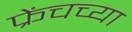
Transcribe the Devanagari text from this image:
फ्रेंचच्या